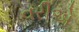
વરીએ